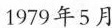
1979年5月